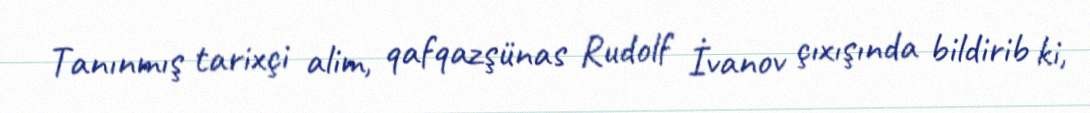
Tanınmış tarixçi alim, qafqazşünas Rudolf İvanov çıxışında bildirib ki,